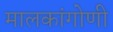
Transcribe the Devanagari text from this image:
मालकांगोणी